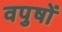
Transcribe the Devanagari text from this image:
वपुषों